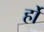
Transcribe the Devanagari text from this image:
र्हो